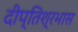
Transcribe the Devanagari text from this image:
दीप्तिश्रभास